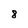
Character: 8